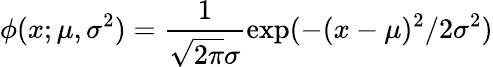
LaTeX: \phi(x;\mu,\sigma^{2})=\frac{1}{\sqrt{2\pi}\sigma}\exp(-(x-\mu)^{2}/2\sigma^{2})